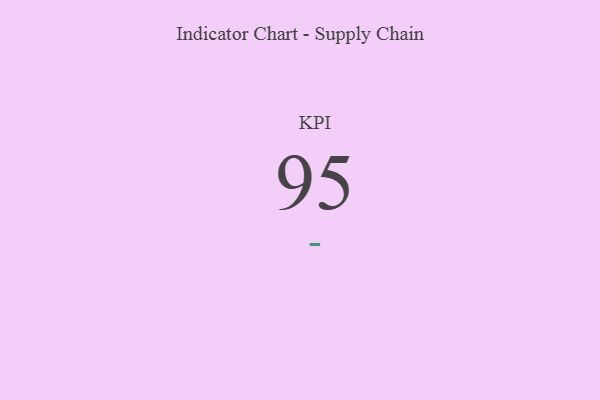
{"axis": {"x": "KPI", "y": "Value"}, "legend": [""], "data": [{"x": "KPI", "y": 95, "type": ""}]}